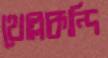
থোল্লাকান্দি